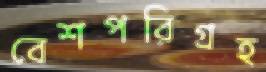
বেশপরিগ্রহ